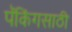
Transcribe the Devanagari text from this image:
पॅकिंगसाठी